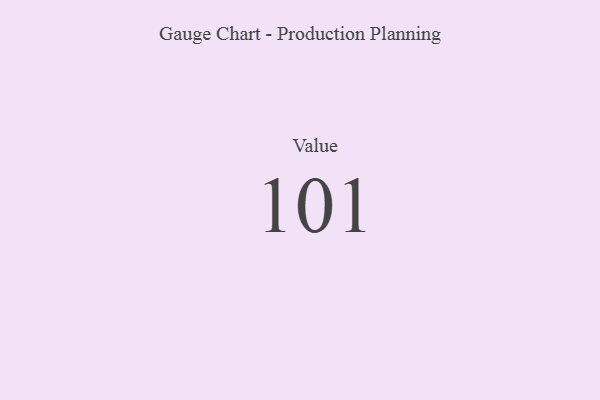
{"axis": {"x": "Metric", "y": "Value"}, "legend": [""], "data": [{"x": "Value", "y": 101, "type": ""}]}